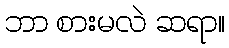
ဘာ စားမလဲ ဆရာ။